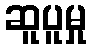
ဆူပူမှု